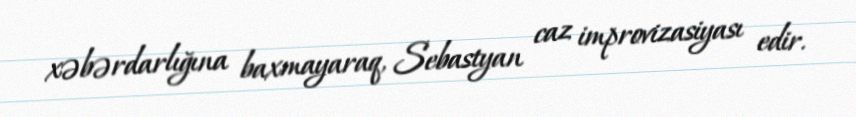
xəbərdarlığına baxmayaraq, Sebastyan caz improvizasiyası edir.